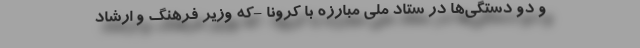
و دو دستگی‌ها در ستاد ملی مبارزه با کرونا -که وزیر فرهنگ و ارشاد